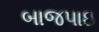
બાજપાઇ